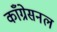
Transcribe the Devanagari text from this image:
काँग्रेसनल